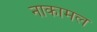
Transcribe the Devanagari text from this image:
नाकामल